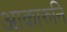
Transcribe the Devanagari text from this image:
आकारुनि